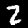
Digit: 2